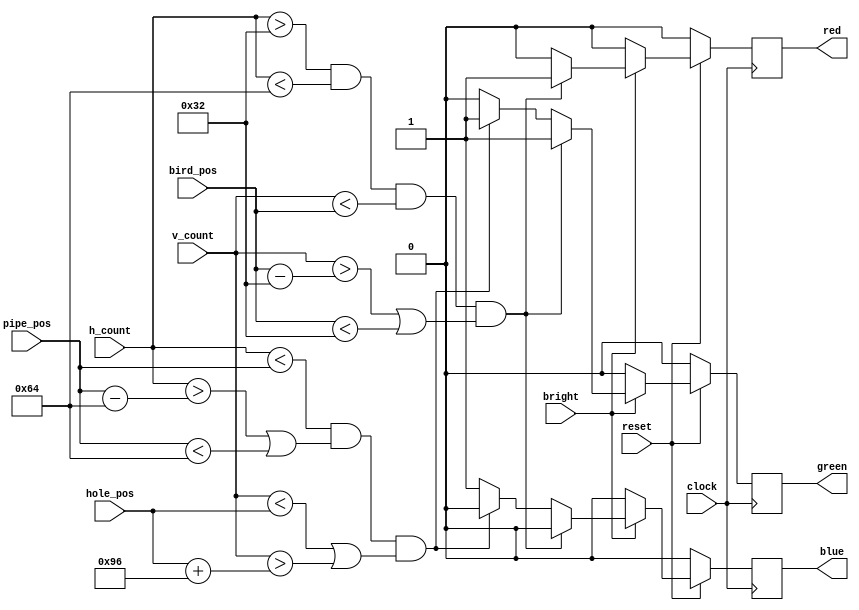

module bitGen (
	input wire clock, reset, bright,
	input wire [9:0] h_count, v_count,
	input wire [8:0] bird_pos, hole_pos,
	input wire [9:0] pipe_pos,
	output reg red, green, blue
);
	
	reg next_red, next_blue, next_green;
	
	always@(posedge clock)
	begin
		if(!reset)
		begin
			red <= 1'b0;
			green <= 1'b0;
			blue <= 1'b0;
		end
		else
		begin
			red <= next_red;
			green <= next_green;
			blue <= next_blue;
		end
	end

	always@(*)
	begin
		if(bright)
		begin
			if(h_count > 10'd50 && h_count < 10'd100 && v_count < {1'b0, bird_pos} && (v_count > {1'b0, bird_pos - 9'd50} || bird_pos < 9'd50))
			begin
				// yellow (for the bird)
				next_red = 1'b1;
				next_green = 1'b1;
				next_blue = 1'b0;
			end
			else if(h_count < pipe_pos && (h_count > pipe_pos - 10'd100 || pipe_pos < 10'd100) && (v_count < {1'b0, hole_pos} || v_count > {1'b0, hole_pos + 9'd150}))
			begin
				// green (for the pipe)
				next_red = 1'b0;
				next_green = 1'b1;
				next_blue = 1'b0;
			end
			else
			begin
				// blue (for the background)
				next_red = 1'b0;
				next_green = 1'b0;
				next_blue = 1'b1;
			end
		end
		else
		begin
			next_red = 1'b0;
			next_green = 1'b0;
			next_blue = 1'b0;
		end
	end
	
endmodule